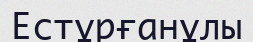
Естұрғанұлы